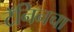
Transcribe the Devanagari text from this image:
टॅनिनचा